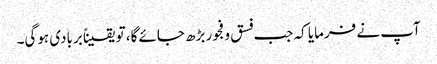
آپ نے فرمایا کہ جب فسق و فجور بڑھ جائے گا، تو یقیناً بربادی ہوگی۔